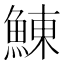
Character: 鯟